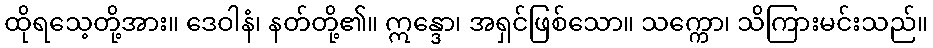
ထိုရသေ့တို့အား။ ဒေဝါနံ၊ နတ်တို့၏။ ဣန္ဒော၊ အရှင်ဖြစ်သော။ သက္ကော၊ သိကြားမင်းသည်။